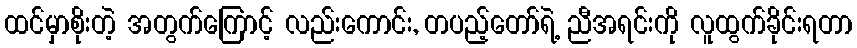
ထင်မှာစိုးတဲ့ အတွက်ကြောင့် လည်းကောင်း, တပည့်တော်ရဲ့ ညီအရင်းကို လူထွက်ခိုင်းရတာ